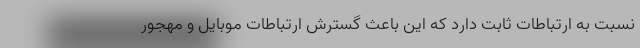
نسبت به ارتباطات ثابت دارد که این باعث گسترش ارتباطات موبایل و مهجور